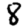
Digit: 8